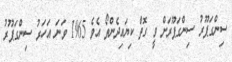
ސިންގަޕޫރު ސިންގަޕޫރަށް ވީ ގޮތް ކިޔައިދެންތޯ އެވެ 1965 ވަނަ އަހަރު ސިންގަޕޫރު